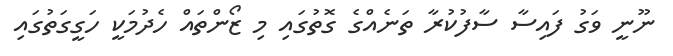
ނޫނީ ވަގު ފައިސާ ސާފުކުރާ ތަނެއްގެ ގޮތުގައި މި ޒޯންތައް ހެދުމަކީ ހަގީގަތުގައި